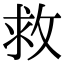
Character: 救